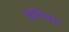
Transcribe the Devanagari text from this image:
युनिपर